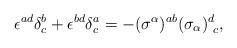
LaTeX: \begin{align*}\epsilon^{ad} \delta^b_c + \epsilon^{bd} \delta^a_c =- (\sigma^\alpha)^{ab} (\sigma_\alpha)^d_{~c},\end{align*}